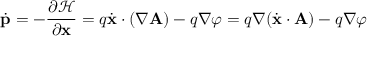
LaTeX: { \dot { \mathbf { p } } } = - { \frac { \partial { \mathcal { H } } } { \partial \mathbf { x } } } = q { \dot { \mathbf { x } } } \cdot ( { \boldsymbol { \nabla } } \mathbf { A } ) - q { \boldsymbol { \nabla } } \varphi = q { \boldsymbol { \nabla } } ( { \dot { \mathbf { x } } } \cdot \mathbf { A } ) - q { \boldsymbol { \nabla } } \varphi